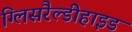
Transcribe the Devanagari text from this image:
ग्लिसरैल्डीहाइड